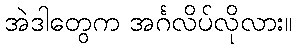
အဲဒါတွေက အင်္ဂလိပ်လိုလား။